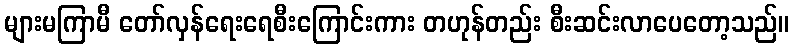
များမကြာမီ တော်လှန်ရေးရေစီးကြောင်းကား တဟုန်တည်း စီးဆင်းလာပေတော့သည်။